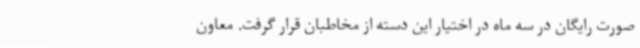
صورت رایگان در سه ماه در اختیار این دسته از مخاطبان قرار گرفت. معاون